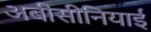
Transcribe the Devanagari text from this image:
अबीसीनियाई